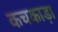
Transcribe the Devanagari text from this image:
कचकाड़ा